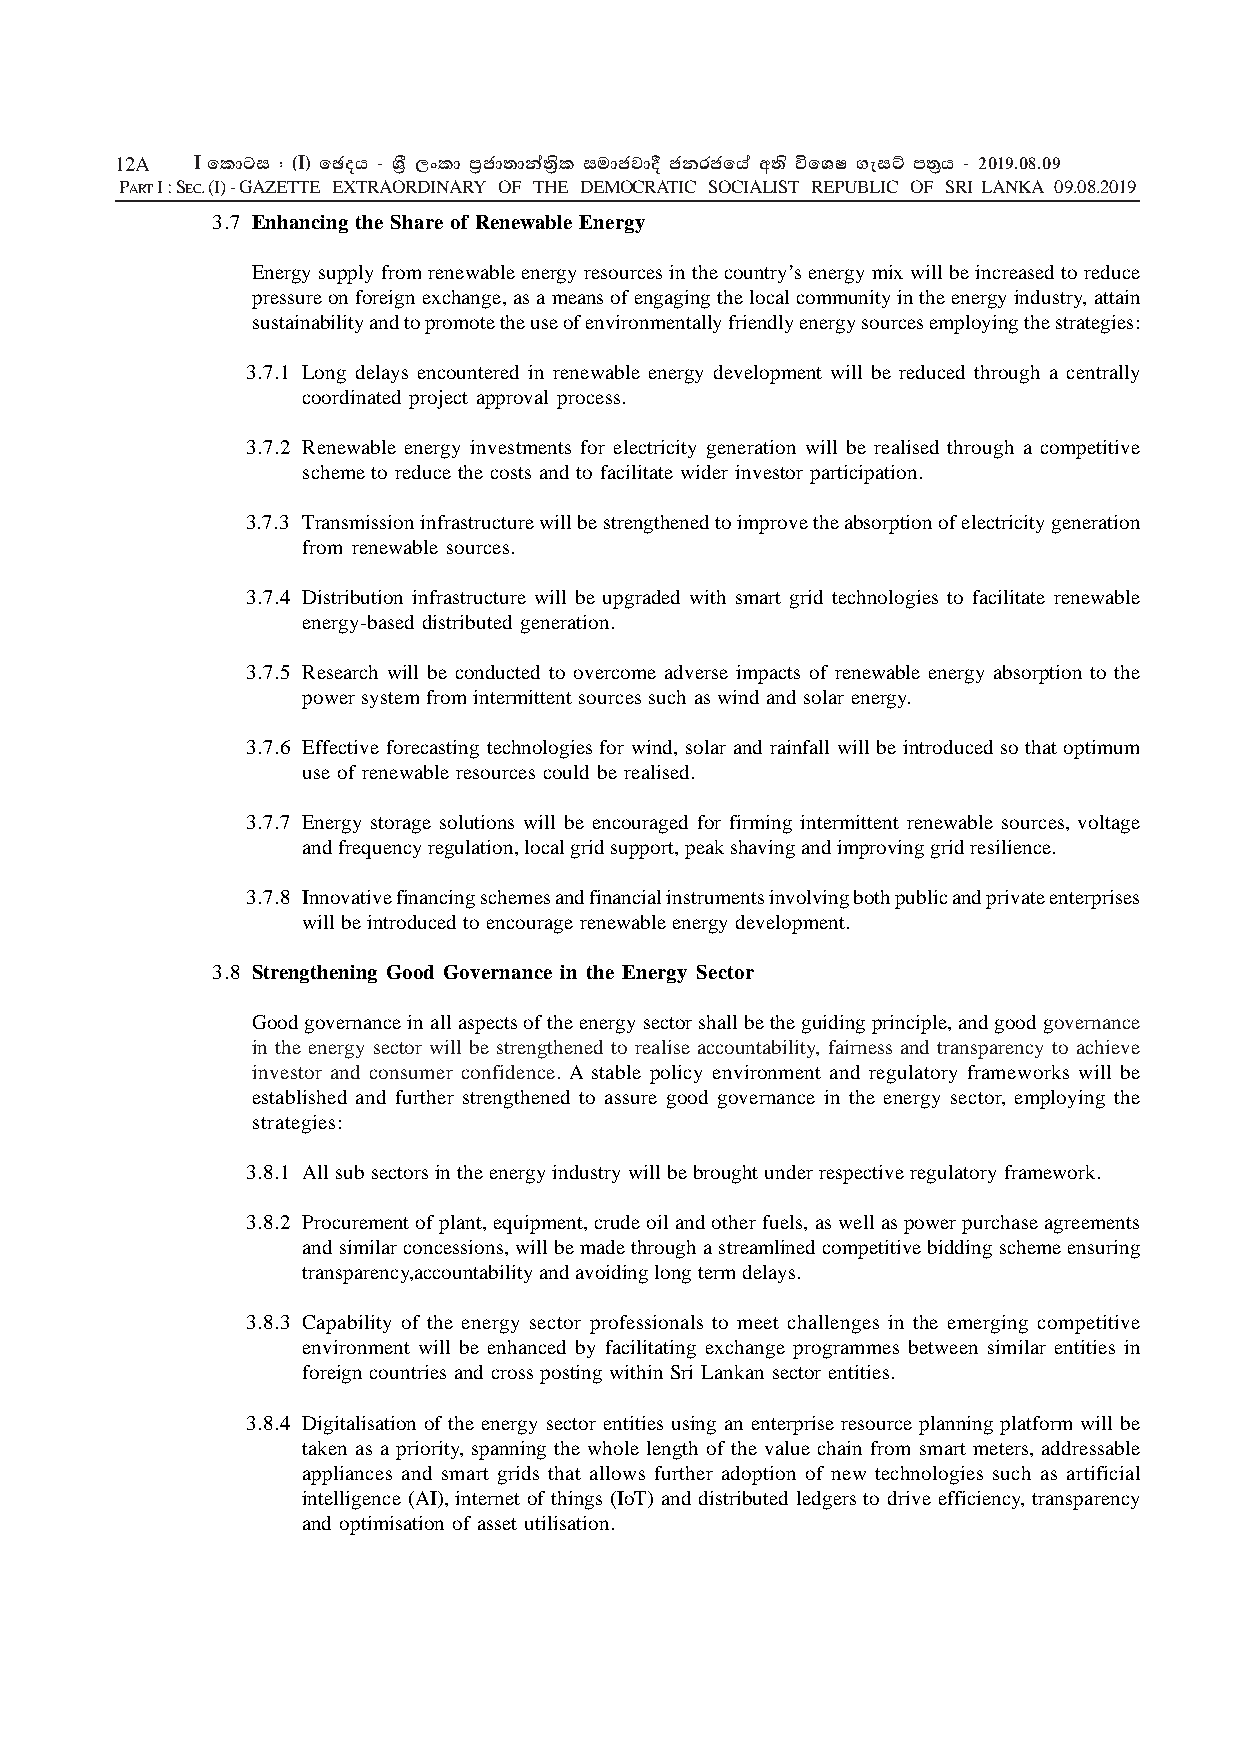
12A  I fldgi ( ^I& fPoh - YS% ,xld m%cd;dka;s%l iudcjd§ ckrcfha w;s úfYI .eiÜ m;%h - 2019'08'09
 PART I : SEC. (I) - GAZETTE EXTRAORDINARY OF THE DEMOCRATIC SOCIALIST REPUBLIC OF SRI LANKA 09.08.2019
 3.7 Enhancing the Share of Renewable Energy
 Energy supply from renewable energy resources in the country’s energy mix will be increased to reduce
 pressure on foreign exchange, as a means of engaging the local community in the energy industry, attain
 sustainability and to promote the use of environmentally friendly energy sources employing the strategies:
 3.7.1 Long delays encountered in renewable energy development will be reduced through a centrally
 coordinated project approval process.
 3.7.2 Renewable energy investments for electricity generation will be realised through a competitive
 scheme to reduce the costs and to facilitate wider investor participation.
 3.7.3 Transmission infrastructure will be strengthened to improve the absorption of electricity generation
 from renewable sources.
 3.7.4 Distribution infrastructure will be upgraded with smart grid technologies to facilitate renewable
 energy-based distributed generation.
 3.7.5 Research will be conducted to overcome adverse impacts of renewable energy absorption to the
 power system from intermittent sources such as wind and solar energy.
 3.7.6 Effective forecasting technologies for wind, solar and rainfall will be introduced so that optimum
 use of renewable resources could be realised.
 3.7.7 Energy storage solutions will be encouraged for firming intermittent renewable sources, voltage
 and frequency regulation, local grid support, peak shaving and improving grid resilience.
 3.7.8 Innovative financing schemes and financial instruments involving both public and private enterprises
 will be introduced to encourage renewable energy development.
 3.8 Strengthening Good Governance in the Energy Sector
 Good governance in all aspects of the energy sector shall be the guiding principle, and good governance
 in the energy sector will be strengthened to realise accountability, fairness and transparency to achieve
 investor and consumer confidence. A stable policy environment and regulatory frameworks will be
 established and further strengthened to assure good governance in the energy sector, employing the
 strategies:
 3.8.1 All sub sectors in the energy industry will be brought under respective regulatory framework.
 3.8.2 Procurement of plant, equipment, crude oil and other fuels, as well as power purchase agreements
 and similar concessions, will be made through a streamlined competitive bidding scheme ensuring
 transparency,accountability and avoiding long term delays.
 3.8.3 Capability of the energy sector professionals to meet challenges in the emerging competitive
 environment will be enhanced by facilitating exchange programmes between similar entities in
 foreign countries and cross posting within Sri Lankan sector entities.
 3.8.4 Digitalisation of the energy sector entities using an enterprise resource planning platform will be
 taken as a priority, spanning the whole length of the value chain from smart meters, addressable
 appliances and smart grids that allows further adoption of new technologies such as artificial
 intelligence (AI), internet of things (IoT) and distributed ledgers to drive efficiency, transparency
 and optimisation of asset utilisation.